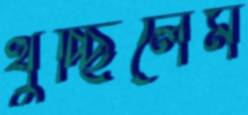
থুচ্ছিলেম